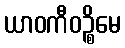
ယာဝကီဝဉ္စိမေ